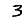
Digit: 3